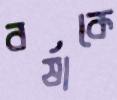
বর্ষাকে